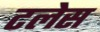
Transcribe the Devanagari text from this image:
टलेस